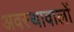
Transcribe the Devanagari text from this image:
अवस्थावालों